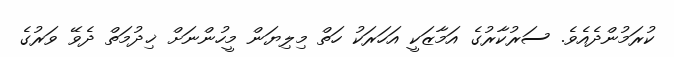
ކުރަމުންދެއެވެ. ސަރުކާރުގެ އަމާޒަކީ އަހަރަކު ހަތް މިލިޔަން މީހުންނަށް ޚިދުމަތް ދެވޭ ވަރުގެ